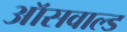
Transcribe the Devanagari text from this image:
ऑसवाल्ड